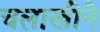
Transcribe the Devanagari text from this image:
चलाखीने